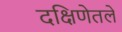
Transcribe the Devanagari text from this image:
दक्षिणेतले